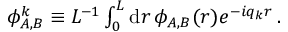
\begin{array} { r } { { \phi } _ { A , B } ^ { k } \equiv L ^ { - 1 } \int _ { 0 } ^ { L } \mathrm { d } r \, \phi _ { A , B } ( r ) e ^ { - i q _ { k } r } \, . } \end{array}